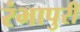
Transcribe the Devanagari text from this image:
रंभापुरी